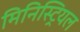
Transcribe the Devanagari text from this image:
मिनिस्ट्रियल